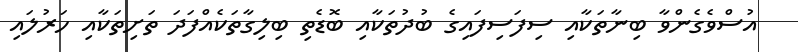
އުސްވެގެންވާ ބިނާތަކާއި ސިފަސިފައިގެ ބުދުތަކާއި ބޮޑެތި ބިލިގާތަކެއްފަދަ ތަށިތަކާއި ހަރުލައި